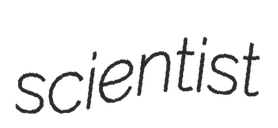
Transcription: scientist